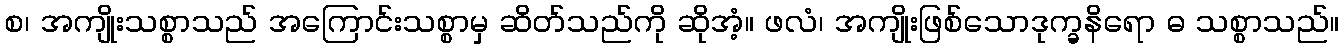
စ၊ အကျိုးသစ္စာသည် အကြောင်းသစ္စာမှ ဆိတ်သည်ကို ဆိုအံ့။ ဖလံ၊ အကျိုးဖြစ်သောဒုက္ခနိရော ဓ သစ္စာသည်။